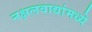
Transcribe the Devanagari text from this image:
नक्षलवाद्यांमध्ये